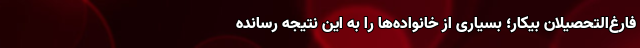
فارغ‌التحصیلان بیکار؛ بسیاری از خانواده‌ها را به این نتیجه رسانده